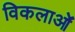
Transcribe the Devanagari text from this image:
विकलाओं